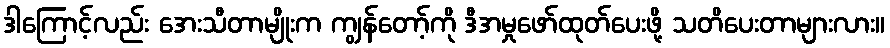
ဒါကြောင့်လည်း အေးသီတာမျိုးက ကျွန်တော့်ကို ဒီအမှုဖော်ထုတ်ပေးဖို့ သတိပေးတာများလား။